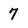
Character: 7